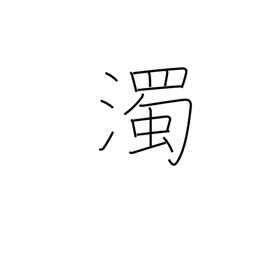
Meaning: voiced